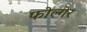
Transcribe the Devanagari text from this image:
फोल्गेर